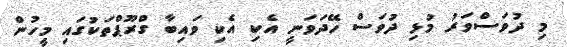
މި ދުވަސްވަރު މުޅި ދުވަސް ހޭދަވަނީ އެކި އެކި ވައިބާ ގްރޫޕްތަކުގައި މީހުން